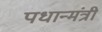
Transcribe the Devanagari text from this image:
पधान्मंत्री